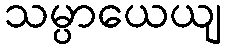
သမ္ပာယေယျ